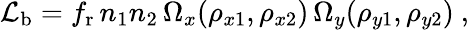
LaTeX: {\mathcal L}_{\mathrm b}=f_{\mathrm r}\, n_{1}n_{2}\, \Omega_{x}(\rho_{x1},\rho_{x2})\, \Omega_{y}(\rho_{y1},\rho_{y2})~,